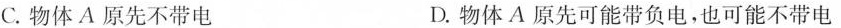
C. 物体A原先不带电 D. 物体A原先可能带负电，也可能不带电